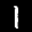
Label: 1